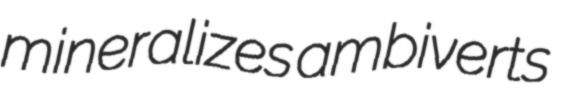
mineralizes ambiverts